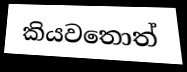
කියවතොත්